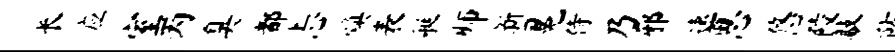
长应室丙臭都忐焕表艇师新冕侍乃邪速思悠陵敲防